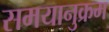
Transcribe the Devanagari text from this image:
समयानुक्रम